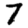
Digit: 7